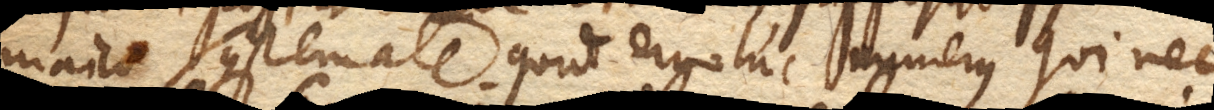
maico systemate. Quid ergo hic numerus qui nec